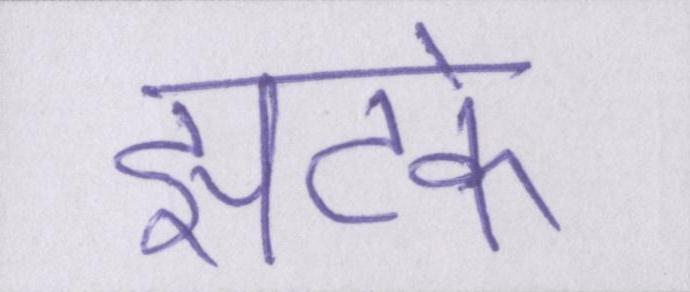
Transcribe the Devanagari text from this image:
झटके